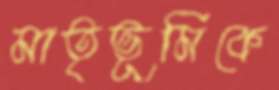
মাতৃভূমিকে